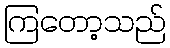
ကြတော့သည်